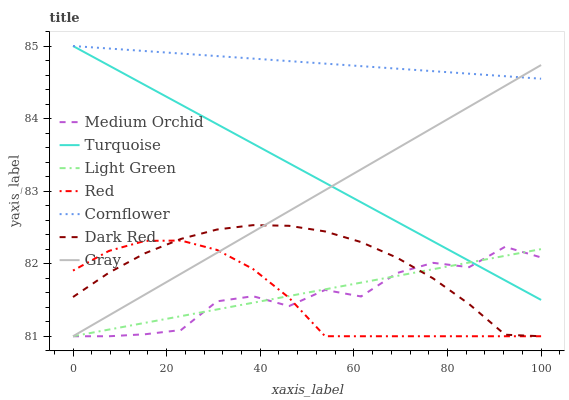
| xaxis_label | Medium Orchid | Turquoise | Light Green | Red | Cornflower | Dark Red | Gray |
 | --- | --- | --- | --- | --- | --- | --- | --- |
 | 0 | 81 | 85 | 81 | 81.9 | 85 | 81.5 | 81 |
 | 7.69 | 81 | 84.7 | 81.1 | 82.2 | 85 | 81.9 | 81.3 |
 | 15.4 | 81 | 84.5 | 81.2 | 82.3 | 84.9 | 82.1 | 81.6 |
 | 23.1 | 81.1 | 84.2 | 81.3 | 82.3 | 84.9 | 82.3 | 81.9 |
 | 30.8 | 81.5 | 83.9 | 81.4 | 82.2 | 84.9 | 82.5 | 82.2 |
 | 38.5 | 81.6 | 83.7 | 81.5 | 81.9 | 84.8 | 82.5 | 82.4 |
 | 46.2 | 81.4 | 83.4 | 81.6 | 81.5 | 84.8 | 82.5 | 82.7 |
 | 53.8 | 81.6 | 83.1 | 81.6 | 81 | 84.8 | 82.4 | 83 |
 | 61.5 | 81.5 | 82.8 | 81.7 | 81 | 84.7 | 82.3 | 83.3 |
 | 69.2 | 81.9 | 82.6 | 81.8 | 81 | 84.7 | 82.1 | 83.6 |
 | 76.9 | 82 | 82.3 | 81.9 | 81 | 84.7 | 81.8 | 83.9 |
 | 84.6 | 82 | 82 | 82 | 81 | 84.6 | 81.4 | 84.2 |
 | 92.3 | 82.2 | 81.8 | 82.1 | 81 | 84.6 | 81 | 84.5 |
 | 100 | 82.1 | 81.5 | 82.2 | 81 | 84.5 | 81 | 84.7 |